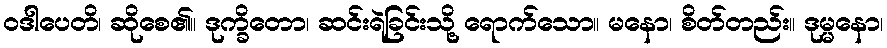
ဝဒါပေတိ၊ ဆိုစေ၏။ ဒုက္ခိတော၊ ဆင်းရဲခြင်းသို့ ရောက်သော။ မနော၊ စိတ်တည်း။ ဒုမ္မနော၊